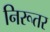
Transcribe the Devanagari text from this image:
निरूतर